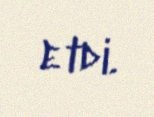
etdi.